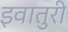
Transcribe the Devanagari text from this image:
इवातुरी